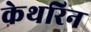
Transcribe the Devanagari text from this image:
केथरिन